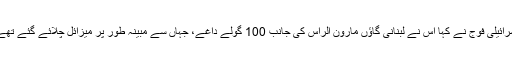
اسرائیلی فوج نے کہا اس نے لبنانی گاؤں مارون الراس کی جانب 100 گولے داغے، جہاں سے مبینہ طور پر میزائل چلائے گئے تھے۔